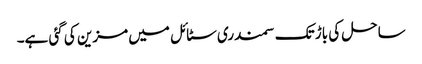
ساحل کی باڑ تک سمندری سٹائل میں مزین کی گئی ہے۔